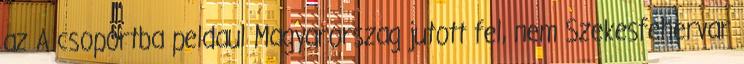
az A csoportba peldaul Magyarorszag jutott fel, nem Szekesfehervar